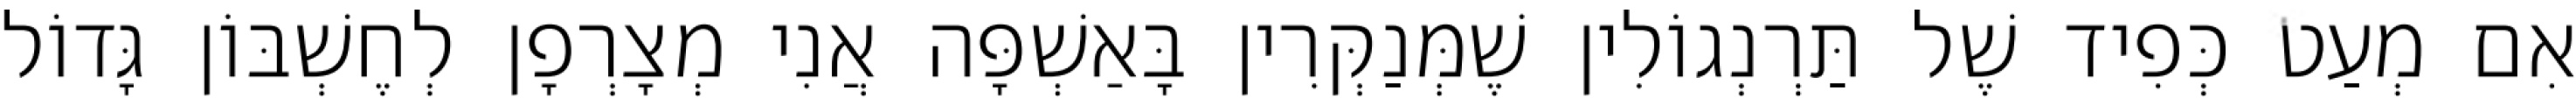
אִם מְעַט כְּפִיד שֶׁל תַּרְנְגוֹלִין שֶׁמְּנַקְּרִין בָּאַשְׁפָּה אֲנִי מְצָרְפָן לְחֶשְׁבּוֹן גָּדוֹל